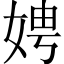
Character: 娉